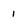
Character: 1